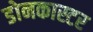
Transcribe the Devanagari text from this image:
डोनकास्टर